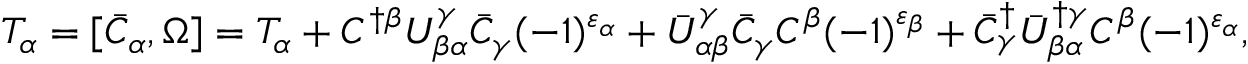
{ \cal T } _ { \alpha } = [ \bar { C } _ { \alpha } , \Omega ] = T _ { \alpha } + C ^ { \dagger \beta } U _ { \beta \alpha } ^ { \gamma } \bar { C } _ { \gamma } ( - 1 ) ^ { \varepsilon _ { \alpha } } + \bar { U } _ { \alpha \beta } ^ { \gamma } \bar { C } _ { \gamma } C ^ { \beta } ( - 1 ) ^ { \varepsilon _ { \beta } } + \bar { C } _ { \gamma } ^ { \dagger } \bar { U } _ { \beta \alpha } ^ { \dagger \gamma } C ^ { \beta } ( - 1 ) ^ { \varepsilon _ { \alpha } } ,